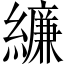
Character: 𦆆